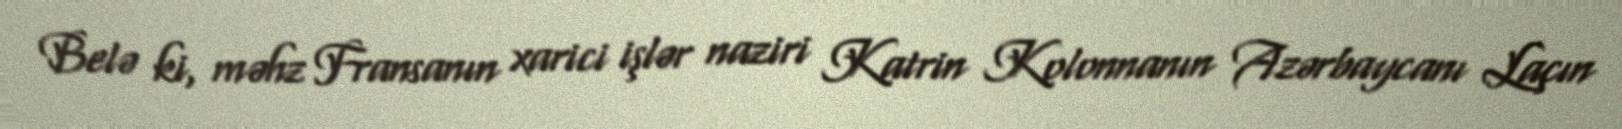
Belə ki, məhz Fransanın xarici işlər naziri Katrin Kolonnanın Azərbaycanı Laçın